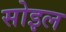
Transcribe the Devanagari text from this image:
सोइल